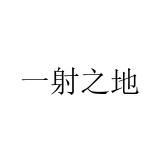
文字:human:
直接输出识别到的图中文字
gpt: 一射之地